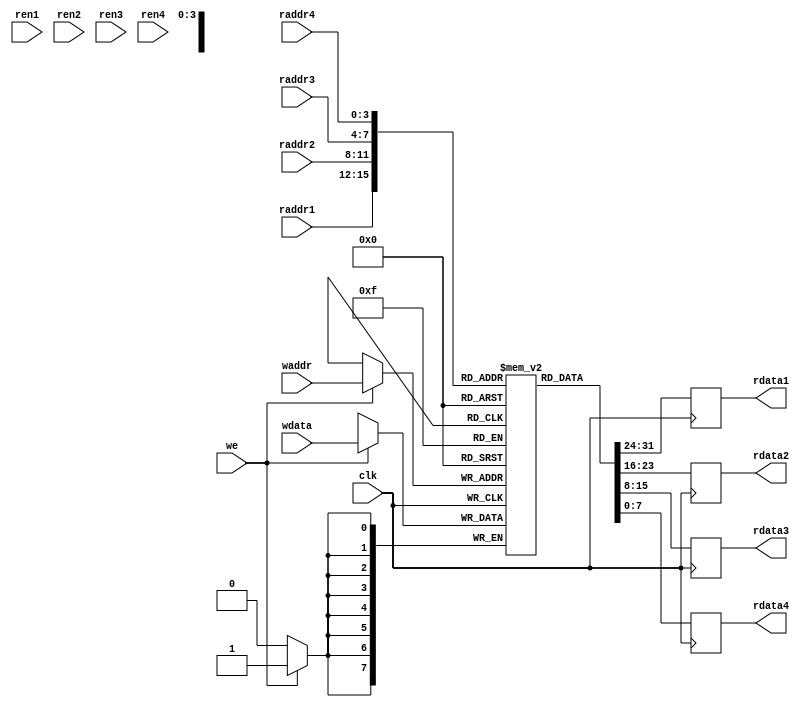
module register_file
(
    input wire clk,
    input wire [3:0] raddr1, raddr2, raddr3, raddr4,
    input wire [3:0] waddr,
    input wire [7:0] wdata,
    input wire we,
    input wire [3:0] ren1, ren2, ren3, ren4,
    output reg [7:0] rdata1, rdata2, rdata3, rdata4
);

reg [7:0] memory [15:0];

always @(posedge clk)
begin
    if(we)
        memory[waddr] <= wdata;
    
    rdata1 <= memory[raddr1];
    rdata2 <= memory[raddr2];
    rdata3 <= memory[raddr3];
    rdata4 <= memory[raddr4];
end

endmodule